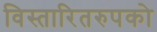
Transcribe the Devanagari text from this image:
विस्तारितरुपको